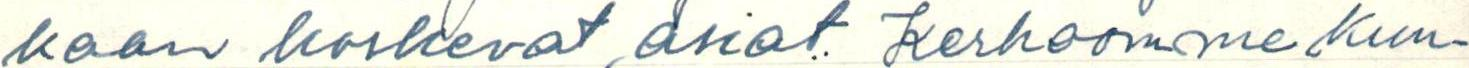
kaan koskevat asiat: Kerhoomme Kuu-